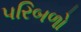
પરિબળો